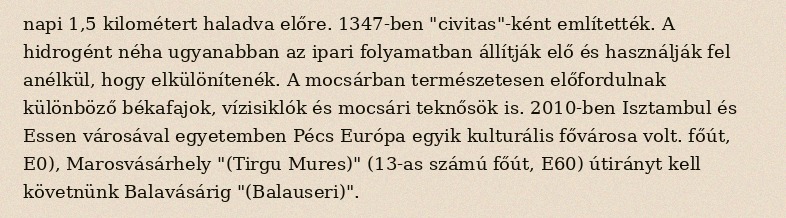
napi 1,5 kilométert haladva előre. 1347-ben "civitas"-ként említették. A hidrogént néha ugyanabban az ipari folyamatban állítják elő és használják fel anélkül, hogy elkülönítenék. A mocsárban természetesen előfordulnak különböző békafajok, vízisiklók és mocsári teknősök is. 2010-ben Isztambul és Essen városával egyetemben Pécs Európa egyik kulturális fővárosa volt. főút, E0), Marosvásárhely "(Tirgu Mures)" (13-as számú főút, E60) útirányt kell követnünk Balavásárig "(Balauseri)".